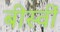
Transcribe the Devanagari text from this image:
बीस्वीं